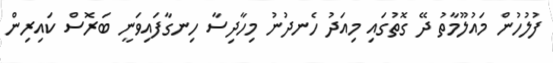
ފުލުހުން މައުލޫމާތު ދޭ ގޮތުގައި މިއަދު ހެނދުނު މިހާދިސާ ހިނގާފައިވަނީ ބަރޮސް ކައިރިން